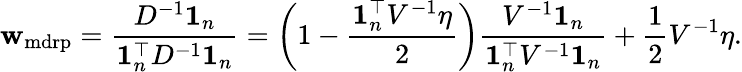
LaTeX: {\mathbf w}_{\mathrm{mdrp}}=\frac{D^{-1}{\mathbf 1}_{n}}{{\mathbf 1}_{n}^{\top}D^{-1}{\mathbf 1}_{n}}=\left(1-\frac{{\mathbf 1}_{n}^{\top}V^{-1}\eta}{2}\right)\frac{V^{-1}{\mathbf 1}_{n}}{{\mathbf 1}_{n}^{\top}V^{-1}{\mathbf 1}_{n}}+\frac 12V^{-1}\eta.